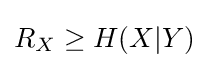
R_{X}\geq H(X|Y)